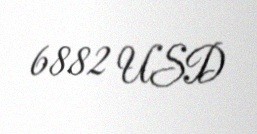
6882 USD